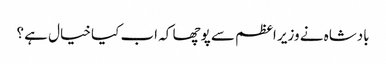
بادشاہ نے وزیر اعظم سے پوچھا کہ اب کیا خیال ہے ؟